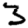
Digit: 3